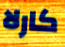
كارلا